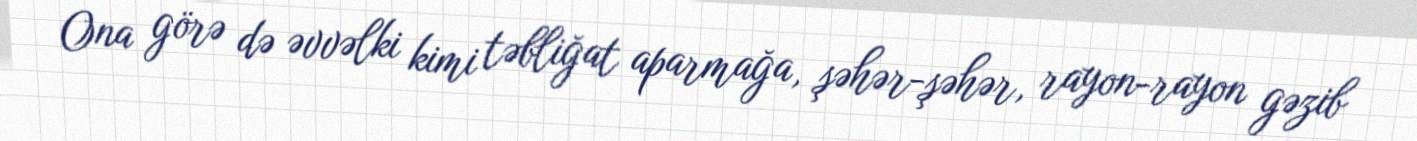
Ona görə də əvvəlki kimi təbliğat aparmağa, şəhər-şəhər, rayon-rayon gəzib